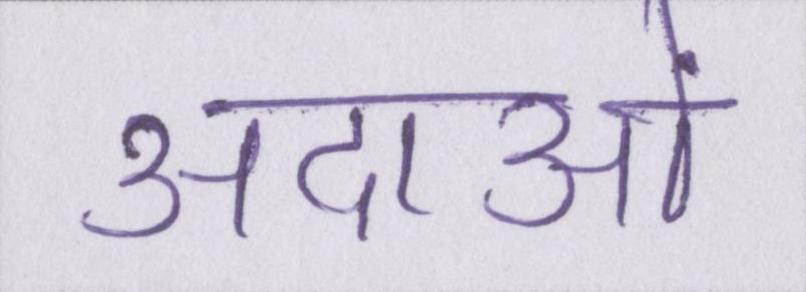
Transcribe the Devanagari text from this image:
अदाओं